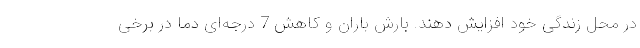
در محل زندگی خود افزایش دهند. بارش باران و کاهش 7 درجه‌ای دما در برخی